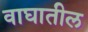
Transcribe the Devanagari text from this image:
वाघातील